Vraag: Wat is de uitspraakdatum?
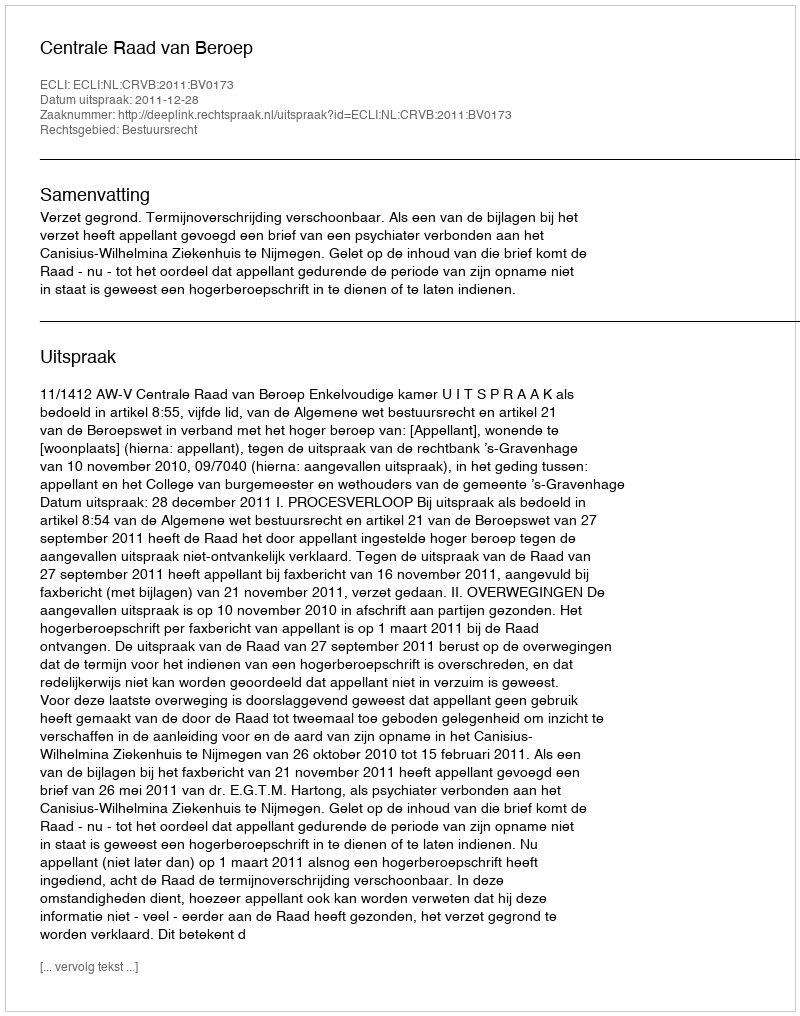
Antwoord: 2011-12-28